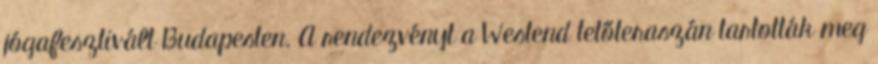
jógafesztivált Budapesten. A rendezvényt a Westend tetőteraszán tartották meg